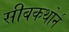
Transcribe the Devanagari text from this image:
सीबकथोर्न